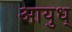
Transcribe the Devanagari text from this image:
आयुध्